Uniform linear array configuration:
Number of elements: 64
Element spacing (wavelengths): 1
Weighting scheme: uniform
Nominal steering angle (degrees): -30
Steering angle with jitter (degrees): -29.192
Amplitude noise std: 0.05
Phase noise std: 0.05

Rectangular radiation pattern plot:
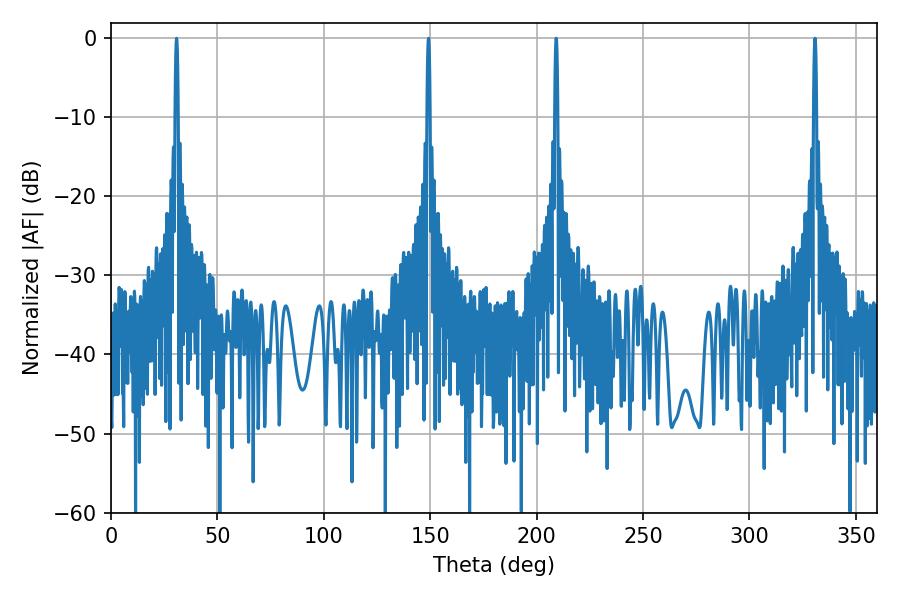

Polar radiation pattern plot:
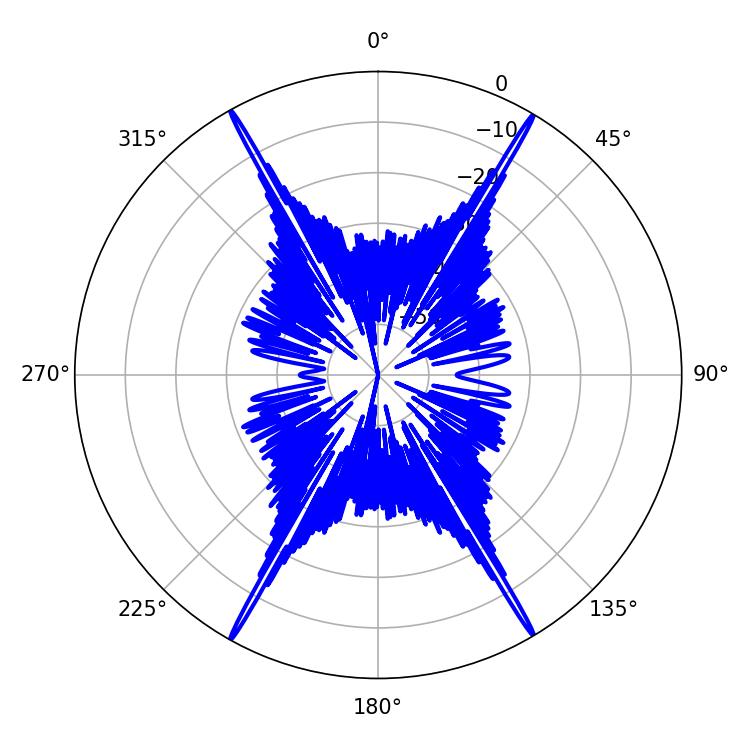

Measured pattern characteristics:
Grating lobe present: TRUE
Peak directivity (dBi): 32.157
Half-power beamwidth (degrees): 0.72
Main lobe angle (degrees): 209.16